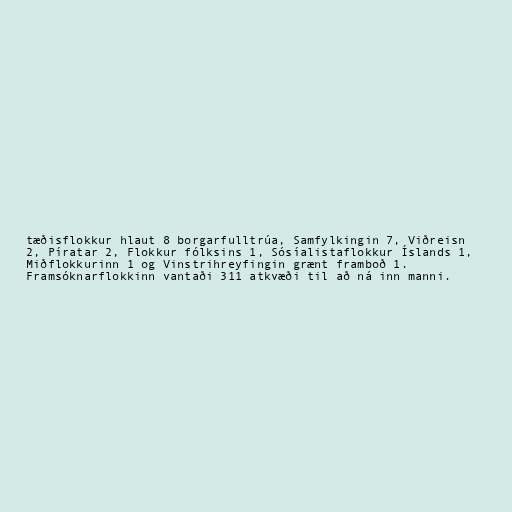
tæðisflokkur hlaut 8 borgarfulltrúa, Samfylkingin 7, Viðreisn
2, Píratar 2, Flokkur fólksins 1, Sósíalistaflokkur Íslands 1,
Miðflokkurinn 1 og Vinstrihreyfingin grænt framboð 1.
Framsóknarflokkinn vantaði 311 atkvæði til að ná inn manni.